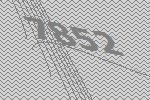
7852